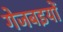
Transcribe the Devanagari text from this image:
गेजबइयों